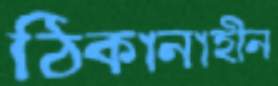
ঠিকানাহীন